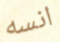
انسه